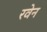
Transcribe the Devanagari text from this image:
रवेन